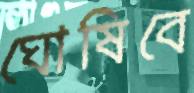
ঘোষিবে